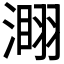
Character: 𣻫